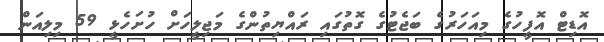
އޮޑިޓް އޮފީހުގެ މިއަހަރުގެ ބަޖެޓުގެ ގޮތުގައި ރައްޔިތުންގެ މަޖިލީހަށް ހުށަހެޅީ 59 މިލިއަން